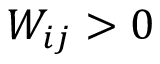
W _ { i j } > 0